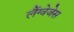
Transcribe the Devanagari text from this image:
लैंग्वेजेस